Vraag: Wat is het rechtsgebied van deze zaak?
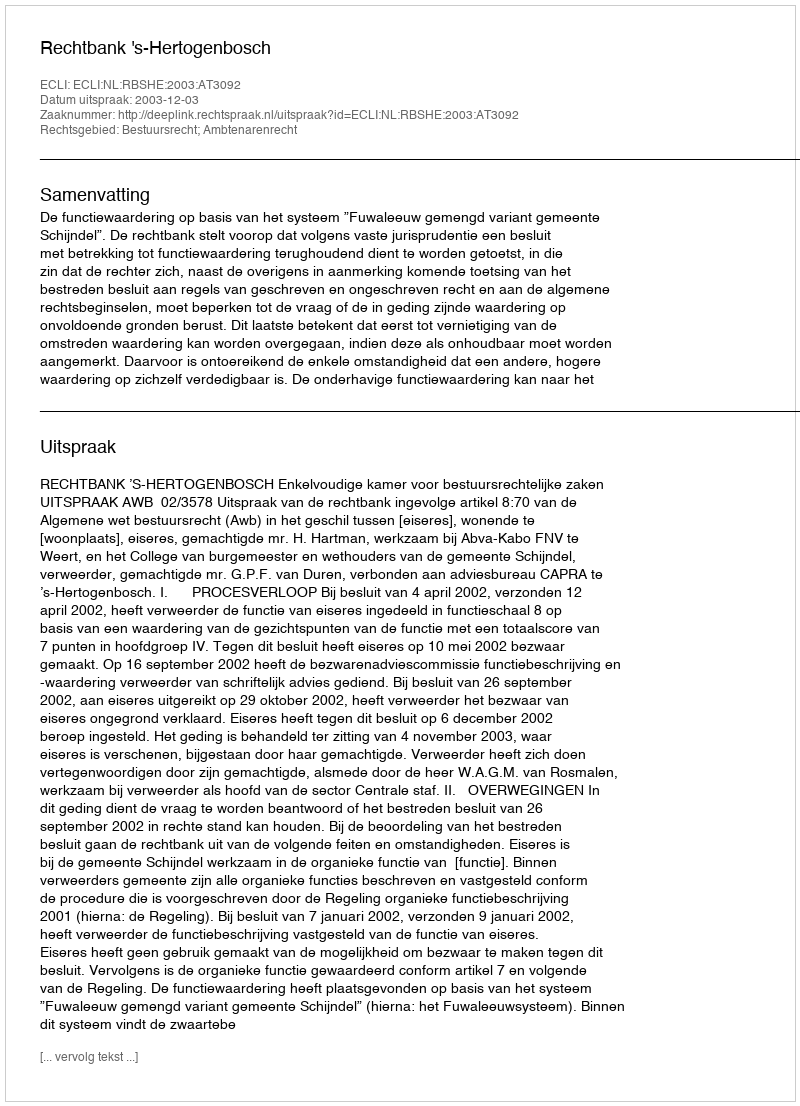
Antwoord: Bestuursrecht; Ambtenarenrecht